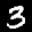
Label: 3